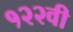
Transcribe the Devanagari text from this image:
१२२वी